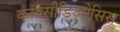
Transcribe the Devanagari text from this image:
कॉक्सीडिओसिस